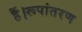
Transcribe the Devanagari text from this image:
हैं।रूपांतरण